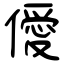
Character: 僾